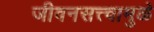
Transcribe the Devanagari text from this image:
जीवनसत्त्वामुळे